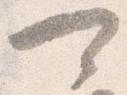
可